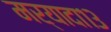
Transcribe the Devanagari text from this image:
मर्यादा१३